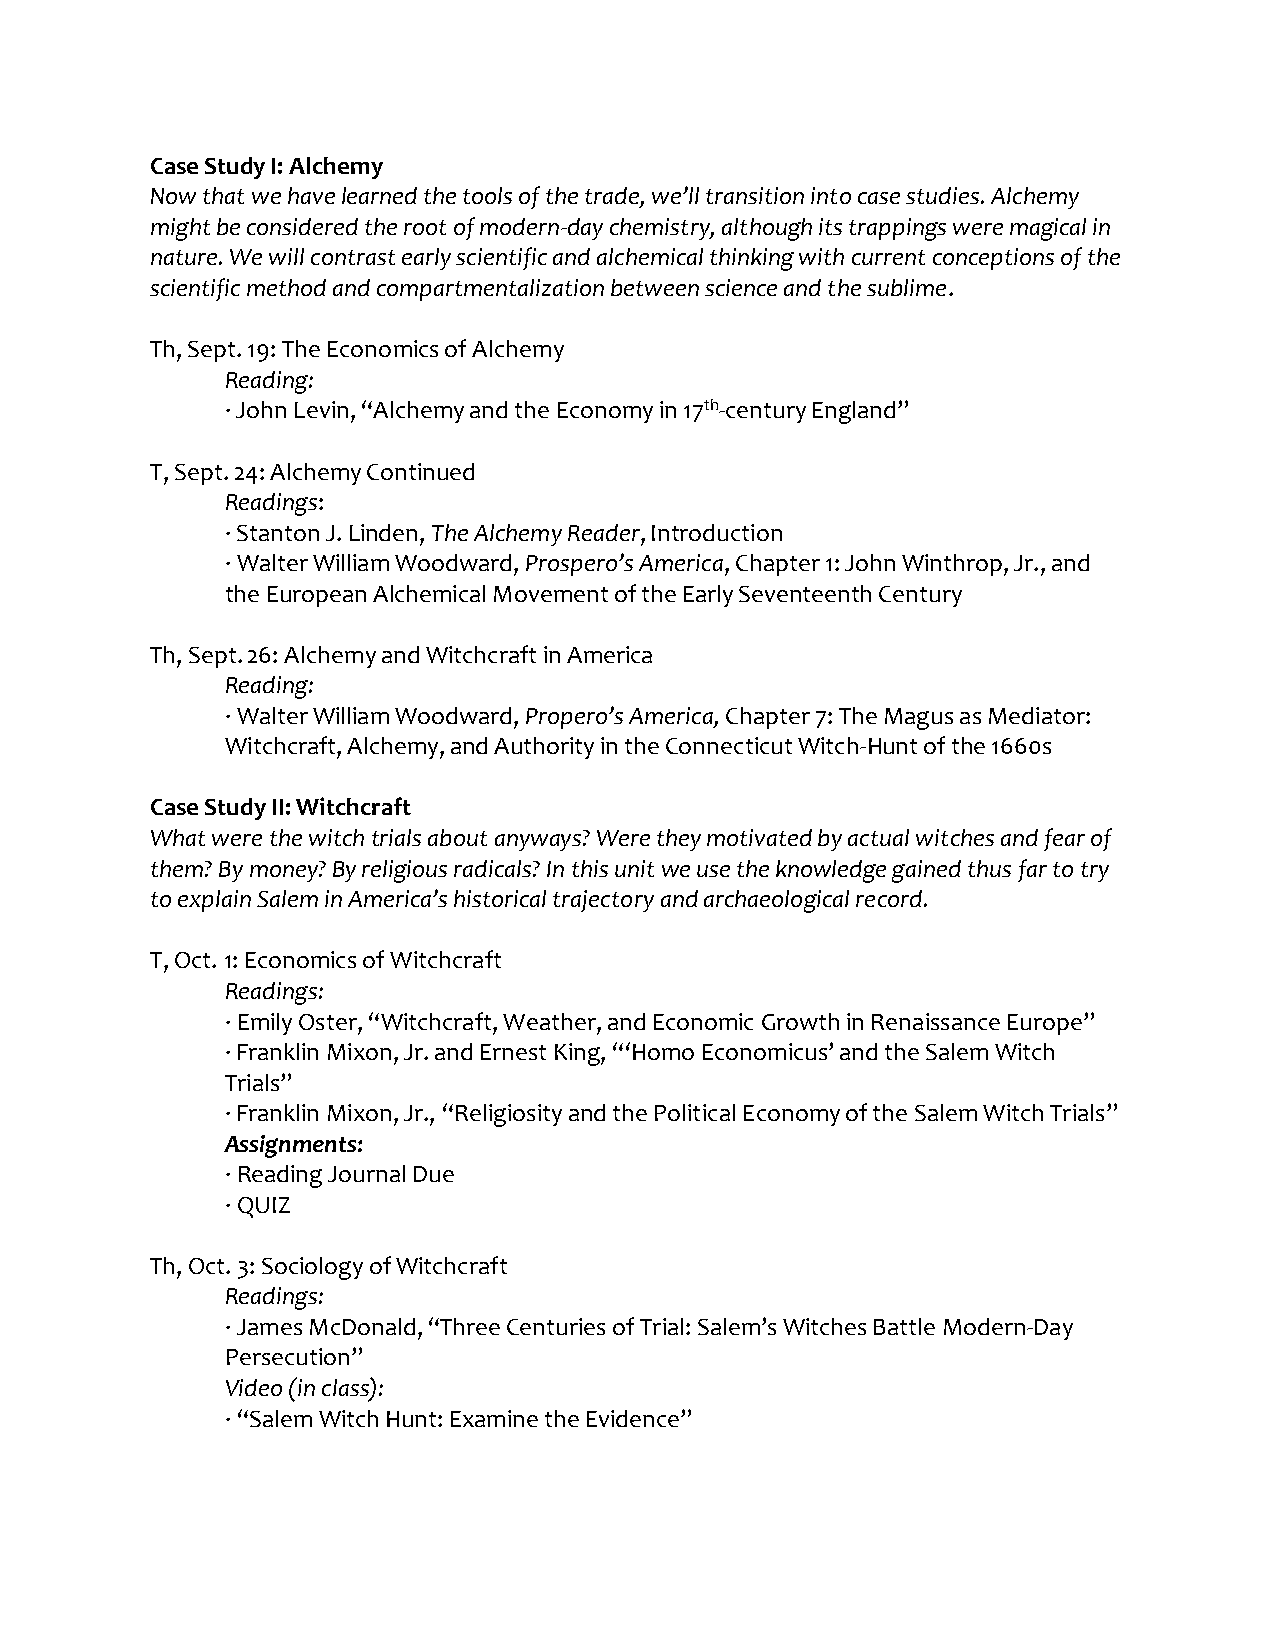
Case Study I: Alchemy
 Now that we have learned the tools of the trade, we’ll transition into case studies. Alchemy
 might be considered the root of modern-day chemistry, although its trappings were magical in
 nature. We will contrast early scientific and alchemical thinking with current conceptions of the
 scientific method and compartmentalization between science and the sublime.
 Th, Sept. 19: The Economics of Alchemy
 Reading:
 · John Levin, “Alchemy and the Economy in 17th-century England”
 T, Sept. 24: Alchemy Continued
 Readings:
 · Stanton J. Linden, The Alchemy Reader, Introduction
 · Walter William Woodward, Prospero’s America, Chapter 1: John Winthrop, Jr., and
 the European Alchemical Movement of the Early Seventeenth Century
 Th, Sept. 26: Alchemy and Witchcraft in America
 Reading:
 · Walter William Woodward, Propero’s America, Chapter 7: The Magus as Mediator:
 Witchcraft, Alchemy, and Authority in the Connecticut Witch-Hunt of the 1660s
 Case Study II: Witchcraft
 What were the witch trials about anyways? Were they motivated by actual witches and fear of
 them? By money? By religious radicals? In this unit we use the knowledge gained thus far to try
 to explain Salem in America’s historical trajectory and archaeological record.
 T, Oct. 1: Economics of Witchcraft
 Readings:
 · Emily Oster, “Witchcraft, Weather, and Economic Growth in Renaissance Europe”
 · Franklin Mixon, Jr. and Ernest King, “‘Homo Economicus’ and the Salem Witch
 Trials”
 · Franklin Mixon, Jr., “Religiosity and the Political Economy of the Salem Witch Trials”
 Assignments:
 · Reading Journal Due
 · QUIZ
 Th, Oct. 3: Sociology of Witchcraft
 Readings:
 · James McDonald, “Three Centuries of Trial: Salem’s Witches Battle Modern-Day
 Persecution”
 Video (in class):
 · “Salem Witch Hunt: Examine the Evidence”